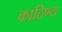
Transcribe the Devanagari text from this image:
काठिण्य